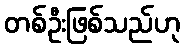
တစ်ဦးဖြစ်သည်ဟု